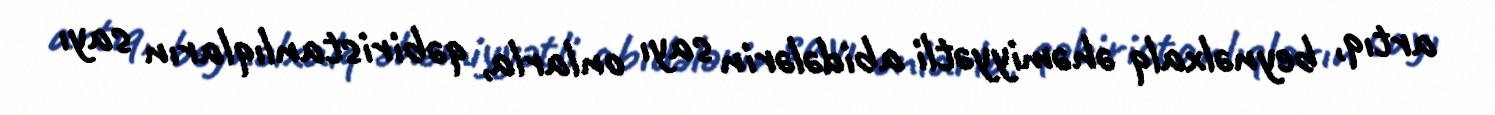
artıq, beynəlxalq əhəmiyyətli abidələrin sayı onlarla, qəbiristanlıqların sayı